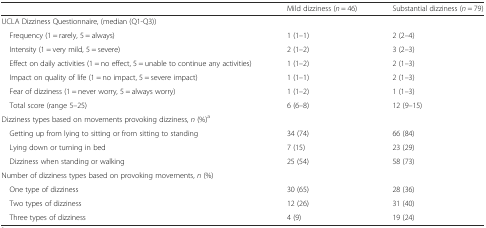
<table><thead><tr><td></td><td><b>Mild dizziness (<i>n</i> = 46)</b></td><td><b>Substantial dizziness (<i>n</i> = 79)</b></td></tr></thead><tbody><tr><td colspan="3">UCLA Dizziness Questionnaire, (median (Q1-Q3))</td></tr><tr><td> Frequency (1 = rarely, 5 = always)</td><td>1 (1–1)</td><td>2 (2–4)</td></tr><tr><td> Intensity (1 = very mild, 5 = severe)</td><td>2 (1–2)</td><td>3 (2–3)</td></tr><tr><td> Effect on daily activities (1 = no effect, 5 = unable to continue any activities)</td><td>1 (1–2)</td><td>2 (1–3)</td></tr><tr><td> Impact on quality of life (1 = no impact, 5 = severe impact)</td><td>1 (1–1)</td><td>2 (1–3)</td></tr><tr><td> Fear of dizziness (1 = never worry, 5 = always worry)</td><td>1 (1–2)</td><td>1 (1–3)</td></tr><tr><td> Total score (range 5–25)</td><td>6 (6–8)</td><td>12 (9–15)</td></tr><tr><td colspan="3">Dizziness types based on movements provoking dizziness, <i>n</i> (%)<sup>a</sup></td></tr><tr><td> Getting up from lying to sitting or from sitting to standing</td><td>34 (74)</td><td>66 (84)</td></tr><tr><td> Lying down or turning in bed</td><td>7 (15)</td><td>23 (29)</td></tr><tr><td> Dizziness when standing or walking</td><td>25 (54)</td><td>58 (73)</td></tr><tr><td colspan="3">Number of dizziness types based on provoking movements, <i>n</i> (%)</td></tr><tr><td> One type of dizziness</td><td>30 (65)</td><td>28 (36)</td></tr><tr><td> Two types of dizziness</td><td>12 (26)</td><td>31 (40)</td></tr><tr><td> Three types of dizziness</td><td>4 (9)</td><td>19 (24)</td></tr></tbody></table>